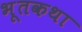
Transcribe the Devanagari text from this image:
भूतकथा